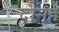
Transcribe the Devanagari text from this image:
दीनह